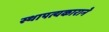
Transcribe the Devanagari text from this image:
स्थापत्यकाराने